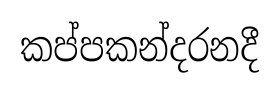
කප්පකන්දරනදී